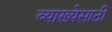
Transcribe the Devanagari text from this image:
व्याख्येसाठी